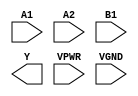
module sky130_fd_sc_hs__o21ai (
    //# {{data|Data Signals}}
    input  A1  ,
    input  A2  ,
    input  B1  ,
    output Y   ,

    //# {{power|Power}}
    input  VPWR,
    input  VGND
);
endmodule